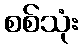
စစ်သုံး